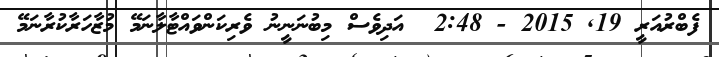
ފެބްރުއަރީ 19